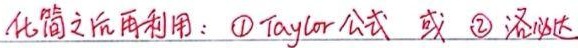
化简之后再利用：\textcircled{1} Taylor公式 或 \textcircled{2} 洛必达